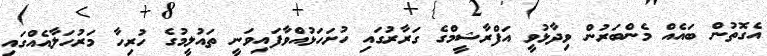
އެގޮތުން ބައެއް މެންބަރުން ވިދާޅުވީ އަފްރާޝީމްގެ ގަރާރުގައި ހުށަހަޅުއްވާފައިވަނީ ތައުލީމުގެ ހުރިހާ މަރުހަލާއެއްގައި